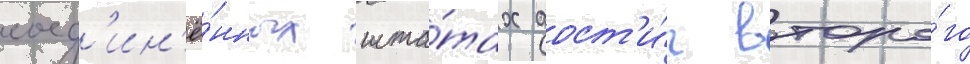
соед'ин'ё́нных шта́тах дост'и́г второ́го